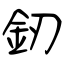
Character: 釰